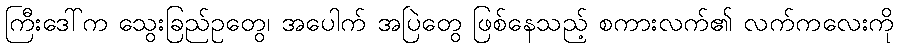
ကြီးဒေါ်က သွေးခြည်ဥတွေ၊ အပေါက် အပြဲတွေ ဖြစ်နေသည့် စကားလက်၏ လက်ကလေးကို